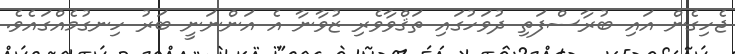
ޖެހިގެން އައި ބުރާސްފަތި ދުވަހުގައި ތަޤްވާވެރި ޒުވާނާ އެ އަންނަނީ ބަރު ހިނގުމެއްގައެވެ.